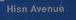
hisn